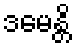
ဒမေန္တိ